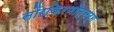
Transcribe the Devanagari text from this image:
सौरकिरणोत्सर्ग